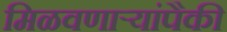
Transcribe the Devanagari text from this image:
मिळवणाऱ्यांपैकी